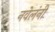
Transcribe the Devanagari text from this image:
नवेलंनी